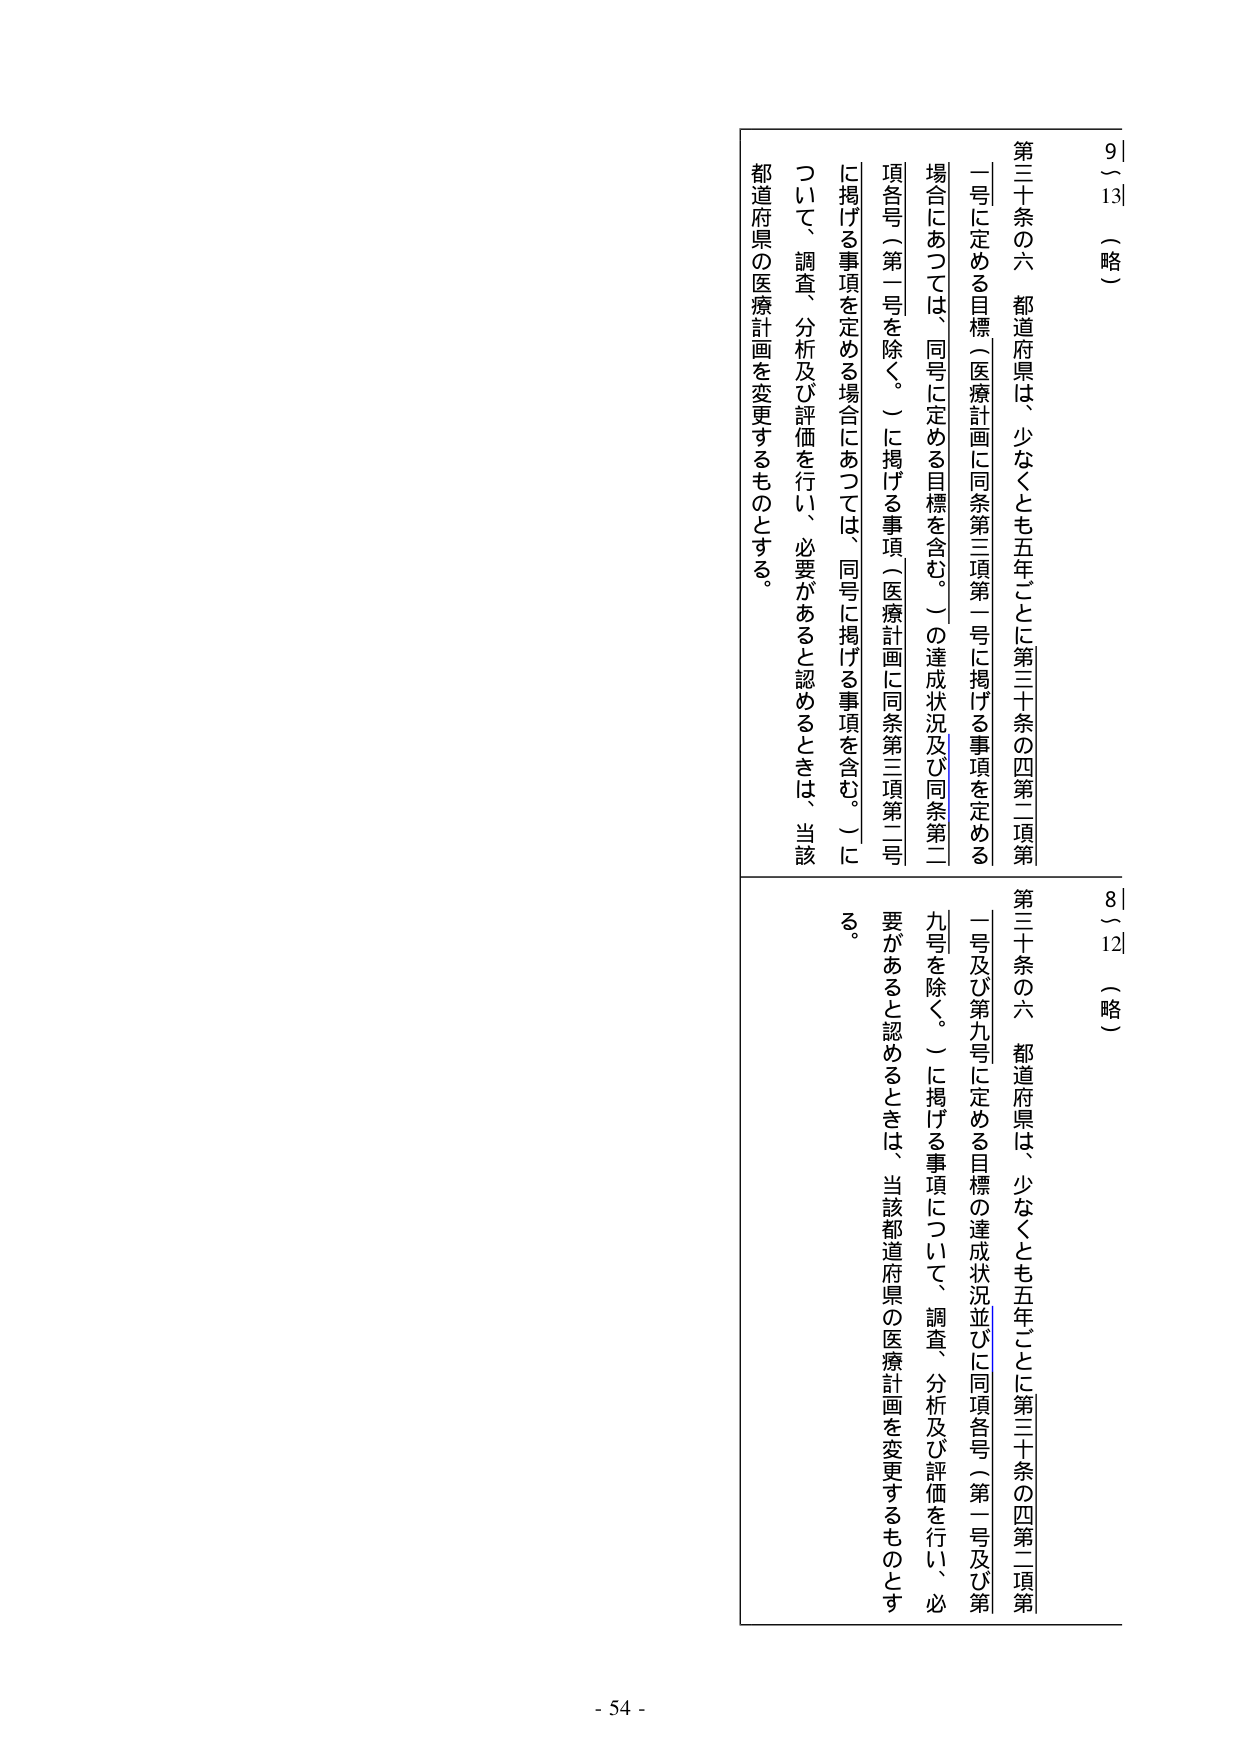
9～13 （略）

第三十条の六 都道府県は、少なくとも五年ごとに第三十条の四第二項第一号に定める目標（医療計画に同条第三項第一号に掲げる事項を定める場合にあっては、同号に定める目標を含む。）の達成状況及び同条第二項各号（第一号を除く。）に掲げる事項（医療計画に同条第三項第二号に掲げる事項を定める場合にあっては、同号に掲げる事項を含む。）について、調査、分析及び評価を行い、必要があると認めるときは、当該都道府県の医療計画を変更するものとする。

8～12 （略）

第三十条の六 都道府県は、少なくとも五年ごとに第三十条の四第二項第一号及び第九号に定める目標の達成状況並びに同項各号（第一号及び第九号を除く。）に掲げる事項について、調査、分析及び評価を行い、必要があると認めるときは、当該都道府県の医療計画を変更するものとする。

- 54 -